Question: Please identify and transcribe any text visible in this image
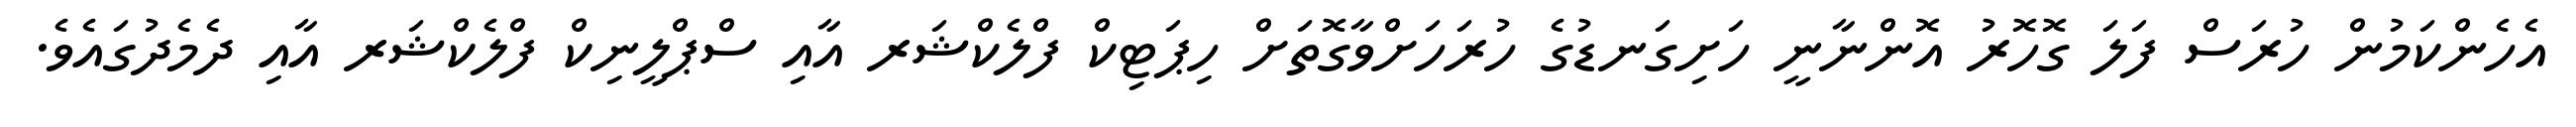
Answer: އެހެންކަމުން ހުރަސް ފަލަ ގޮހޮރު އޮންނާނީ ހަށިގަނޑުގެ ހުރަހަށްވާގޮތަށް ހިޕަޓިކް ފްލެކްޝަރ އާއި ސްޕްލީނިކް ފްލެކްޝަރ އާއި ދެމެދުގައެވެ.